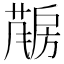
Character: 𱟤